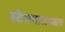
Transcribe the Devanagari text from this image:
स्टेशनाजवळच